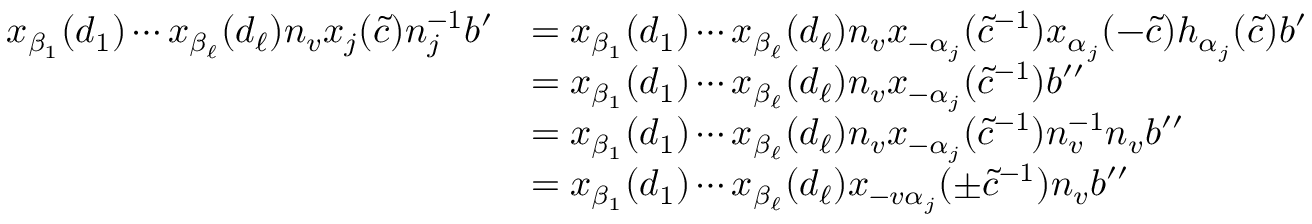
\begin{array} { r l } { x _ { \beta _ { 1 } } ( d _ { 1 } ) \cdots x _ { \beta _ { \ell } } ( d _ { \ell } ) n _ { v } x _ { j } ( \tilde { c } ) n _ { j } ^ { - 1 } b ^ { \prime } } & { = x _ { \beta _ { 1 } } ( d _ { 1 } ) \cdots x _ { \beta _ { \ell } } ( d _ { \ell } ) n _ { v } x _ { - \alpha _ { j } } ( \tilde { c } ^ { - 1 } ) x _ { \alpha _ { j } } ( - \tilde { c } ) h _ { \alpha _ { j } } ( \tilde { c } ) b ^ { \prime } } \\ & { = x _ { \beta _ { 1 } } ( d _ { 1 } ) \cdots x _ { \beta _ { \ell } } ( d _ { \ell } ) n _ { v } x _ { - \alpha _ { j } } ( \tilde { c } ^ { - 1 } ) b ^ { \prime \prime } } \\ & { = x _ { \beta _ { 1 } } ( d _ { 1 } ) \cdots x _ { \beta _ { \ell } } ( d _ { \ell } ) n _ { v } x _ { - \alpha _ { j } } ( \tilde { c } ^ { - 1 } ) n _ { v } ^ { - 1 } n _ { v } b ^ { \prime \prime } } \\ & { = x _ { \beta _ { 1 } } ( d _ { 1 } ) \cdots x _ { \beta _ { \ell } } ( d _ { \ell } ) x _ { - v \alpha _ { j } } ( \pm \tilde { c } ^ { - 1 } ) n _ { v } b ^ { \prime \prime } } \end{array}